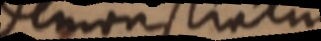
Demonstratur